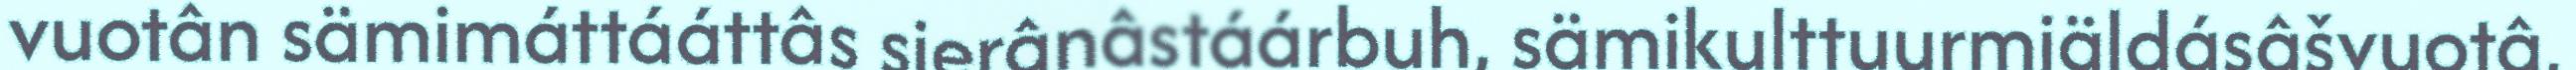
vuotân sämimáttááttâs sierânâstáárbuh, sämikulttuurmiäldásâšvuotâ,